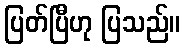
ပြတ်ပြီဟု ပြသည်။